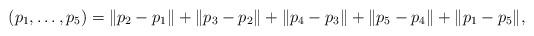
LaTeX: \begin{align*}(p_1,\ldots,p_5)=\|p_2-p_1\|+\|p_3-p_2\|+\|p_4-p_3\|+\|p_5-p_4\|+\|p_1-p_5\|,\end{align*}